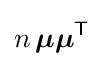
n\,{\boldsymbol {\mu }}{\boldsymbol {\mu }}^{\mathsf {T}}